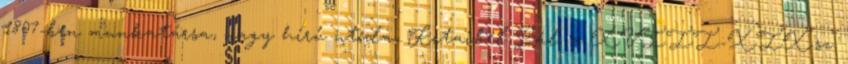
1807-ben munkatársa, nagy hírű utóda, Kitaibel Pál, a XVIII-XIX.sz.